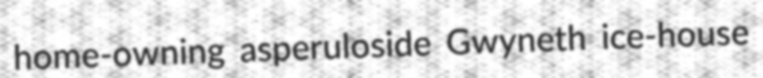
home-owning asperuloside Gwyneth ice-house